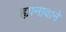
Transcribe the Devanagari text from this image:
ह्यानावाने